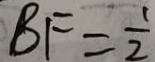
B F = \frac { 1 } { 2 }